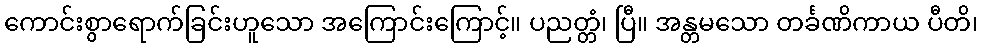
ကောင်းစွာရောက်ခြင်းဟူသော အကြောင်းကြောင့်။ ပညတ္တံ၊ ပြီ။ အန္တမသော တင်္ခဏိကာယ ပီတိ၊